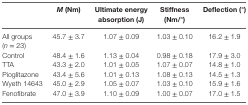
<table><thead><tr><td></td><td><b><i>M</i> (Nm)</b></td><td><b>Ultimate energy absorption (J)</b></td><td><b>Stiffness (Nm/°)</b></td><td><b>Deflection (°)</b></td></tr></thead><tbody><tr><td>All groups (<i>n</i> = 23)</td><td>45.7 ± 3.7</td><td>1.07 ± 0.09</td><td>1.03 ± 0.10</td><td>16.2 ± 1.9</td></tr><tr><td>Control</td><td>48.4 ± 1.6</td><td>1.13 ± 0.04</td><td>0.98 ± 0.18</td><td>17.9 ± 3.0</td></tr><tr><td>TTA</td><td>43.3 ± 2.0</td><td>1.01 ± 0.05</td><td>1.07 ± 0.07</td><td>14.8 ± 1.0</td></tr><tr><td>Pioglitazone</td><td>43.4 ± 5.6</td><td>1.01 ± 0.13</td><td>1.08 ± 0.13</td><td>14.5 ± 1.3</td></tr><tr><td>Wyeth 14643</td><td>45.0 ± 2.9</td><td>1.05 ± 0.07</td><td>1.03 ± 0.10</td><td>15.9 ± 1.6</td></tr><tr><td>Fenofibrate</td><td>47.0 ± 3.9</td><td>1.10 ± 0.09</td><td>1.00 ± 0.07</td><td>17.0 ± 1.5</td></tr></tbody></table>